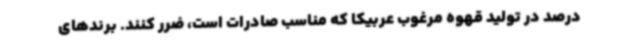
درصد در تولید قهوه مرغوب عربیکا که مناسب صادرات است، ضرر کنند. برندهای